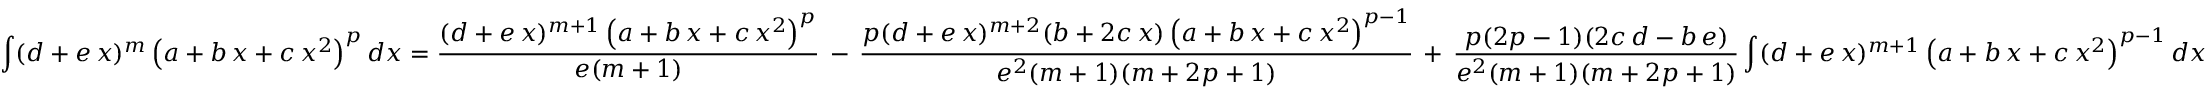
\int ( d + e \, x ) ^ { m } \left( a + b \, x + c \, x ^ { 2 } \right) ^ { p } d x = { \frac { ( d + e \, x ) ^ { m + 1 } \left( a + b \, x + c \, x ^ { 2 } \right) ^ { p } } { e ( m + 1 ) } } \, - \, { \frac { p ( d + e \, x ) ^ { m + 2 } ( b + 2 c \, x ) \left( a + b \, x + c \, x ^ { 2 } \right) ^ { p - 1 } } { e ^ { 2 } ( m + 1 ) ( m + 2 p + 1 ) } } \, + \, { \frac { p ( 2 p - 1 ) ( 2 c \, d - b \, e ) } { e ^ { 2 } ( m + 1 ) ( m + 2 p + 1 ) } } \int ( d + e \, x ) ^ { m + 1 } \left( a + b \, x + c \, x ^ { 2 } \right) ^ { p - 1 } d x